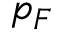
p _ { F }